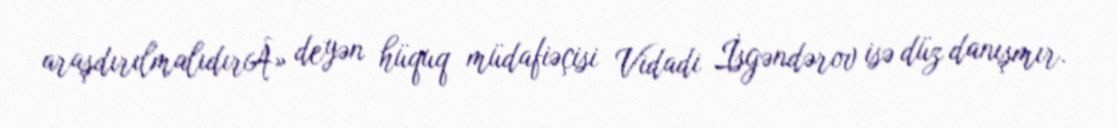
araşdırılmalıdırÂ» deyən hüquq müdafiəçisi Vidadi İsgəndərov isə düz danışmır.